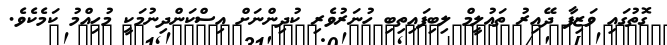
ގޮތުގައި ވަޒިފާ ދޭއިރު ތަޢުލީމް ލިބިފައިތިބި ހުނަރުވެރި ކުދިންނަށް އިސްކަންދިނުމަކީ މުހިއްމު ކަމެކެވެ.